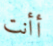
أأنت